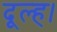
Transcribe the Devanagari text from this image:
दूल्ह।